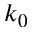
k _ { 0 }